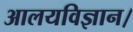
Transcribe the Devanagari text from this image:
आलयविज्ञान।